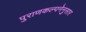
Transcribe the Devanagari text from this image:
पुराणकल्पनेनुसार